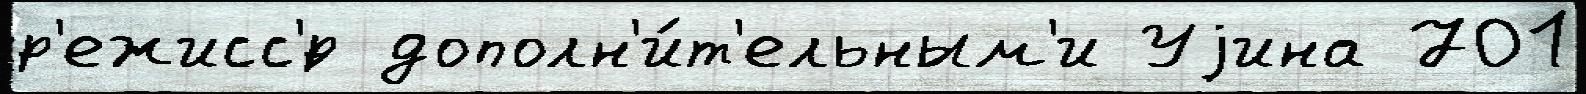
р'ежисс'́р дополн'и́т'ельным'и Уjина 701